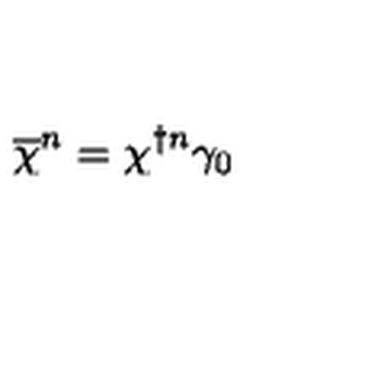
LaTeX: \overline { { \chi } } ^ { n } = \chi ^ { \dagger n } \gamma _ { 0 }